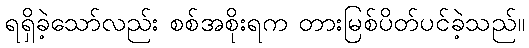
ရရှိခဲ့သော်လည်း စစ်အစိုးရက တားမြစ်ပိတ်ပင်ခဲ့သည်။